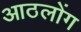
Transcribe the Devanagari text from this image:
आठलोंग